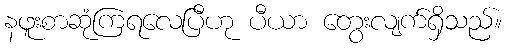
နဖူးစာဆုံကြရလေပြီဟု ပီယာ တွေးလျက်ရှိသည်။